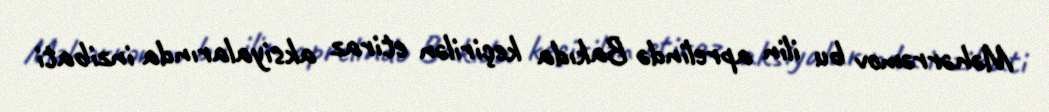
Məhərrəmov bu ilin aprelində Bakıda keçirilən etiraz aksiyalarında inzibati